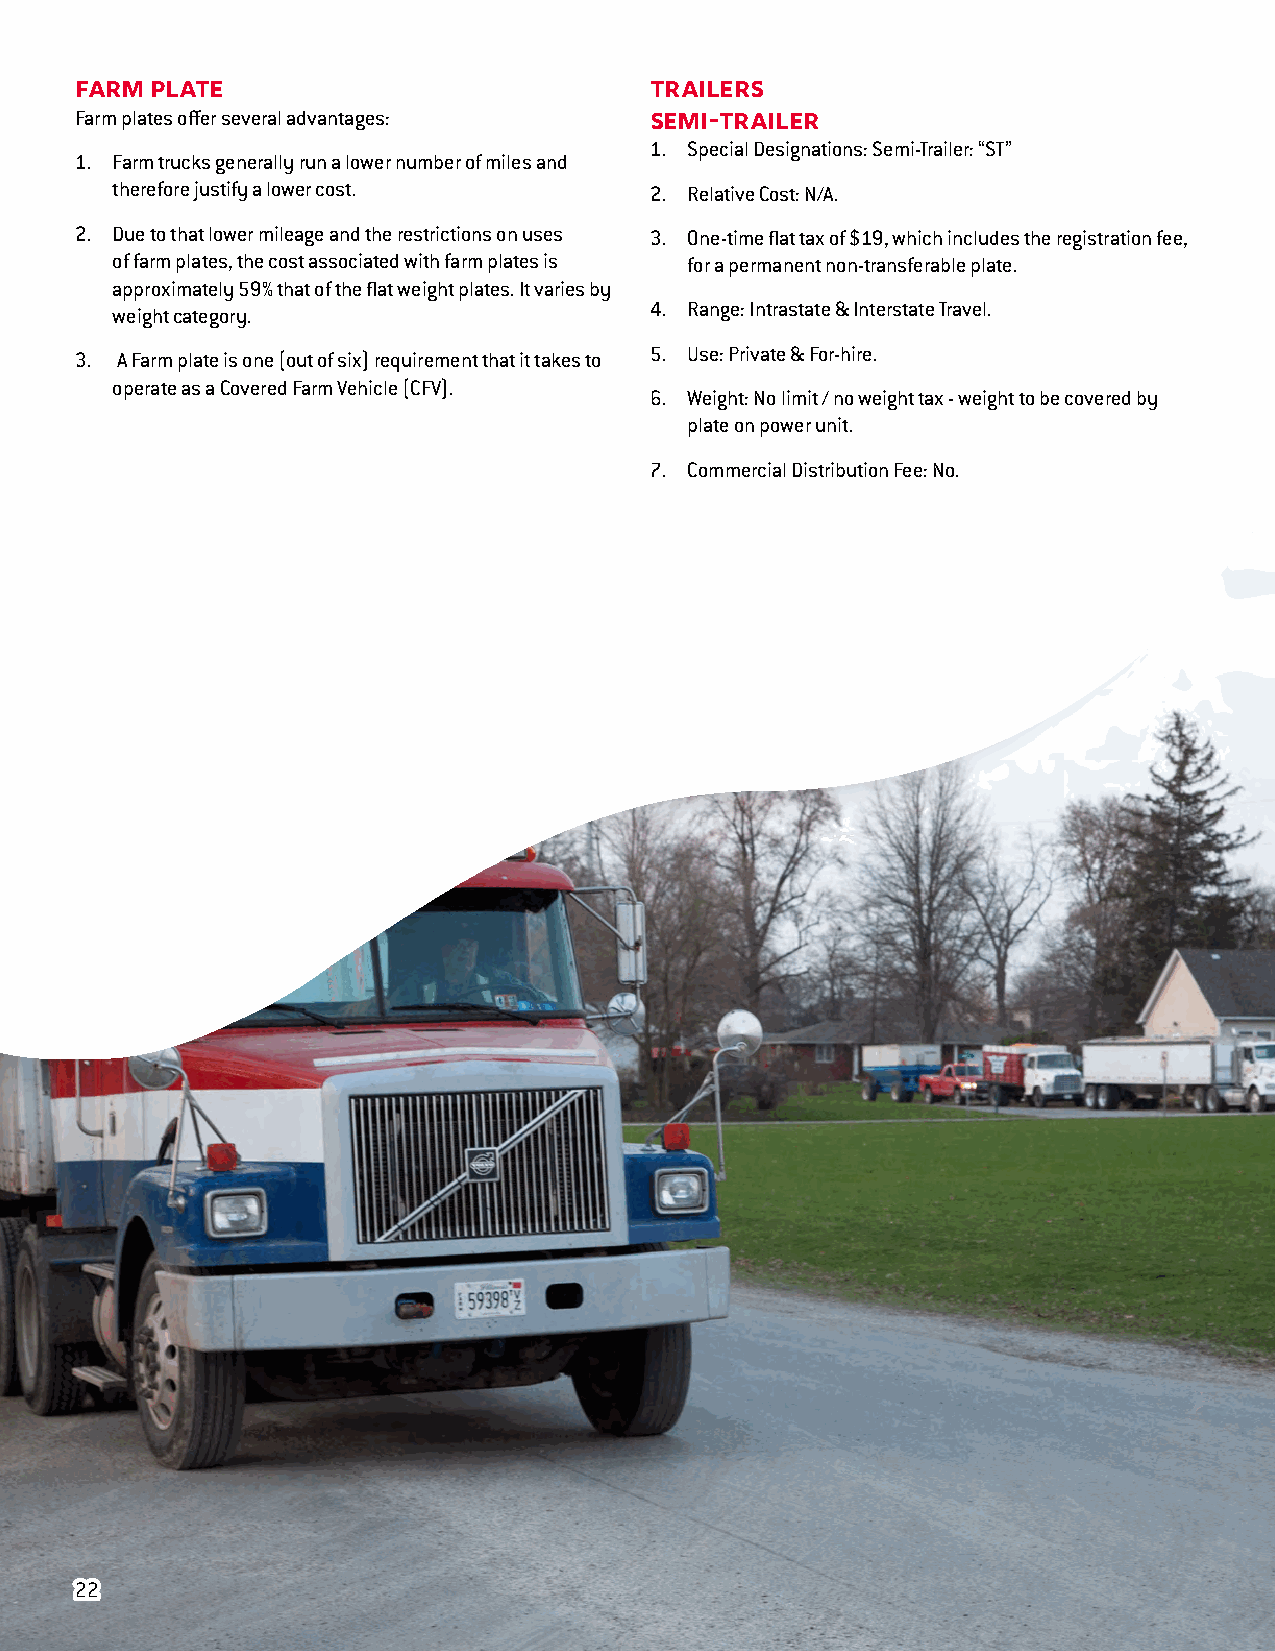
Farm Plate                            Trailers
 Farm plates offer several advantages:
 Semi-Trailer
 1. Special Designations: Semi-Trailer: “ST”
 1. Farm trucks generally run a lower number of miles and
 therefore justify a lower cost.     2. Relative Cost: N/A.
 2. Due to that lower mileage and the restrictions on uses 3. One-time flat tax of $19, which includes the registration fee,
 of farm plates, the cost associated with farm plates is for a permanent non-transferable plate.
 approximately 59% that of the flat weight plates. It varies by
 4. Range: Intrastate & Interstate Travel.
 weight category.
 5. Use: Private & For-hire.
 3. A Farm plate is one (out of six) requirement that it takes to
 operate as a Covered Farm Vehicle (CFV).
 6. Weight: No limit / no weight tax - weight to be covered by
 plate on power unit.
 7. Commercial Distribution Fee: No.
 2222